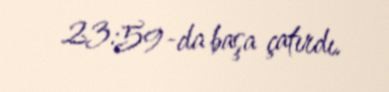
23:59-da başa çatırdı.